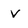
Character: v